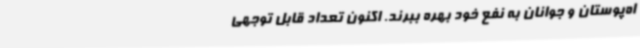
اه‌پوستان و جوانان به نفع خود بهره‌ ببرند. اکنون تعداد قابل توجهی